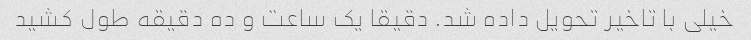
خیلی با تاخیر تحویل داده شد. دقیقا یک ساعت و ده دقیقه طول کشید